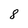
Character: 8